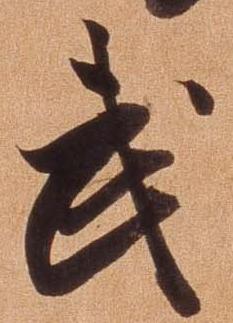
武